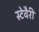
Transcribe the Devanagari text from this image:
स्टेवैरी